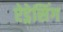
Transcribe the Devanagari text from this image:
ऐड्रेसिंग